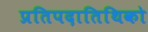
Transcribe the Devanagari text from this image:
प्रतिपदातिथिको